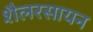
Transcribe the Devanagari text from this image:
शैलरसायन